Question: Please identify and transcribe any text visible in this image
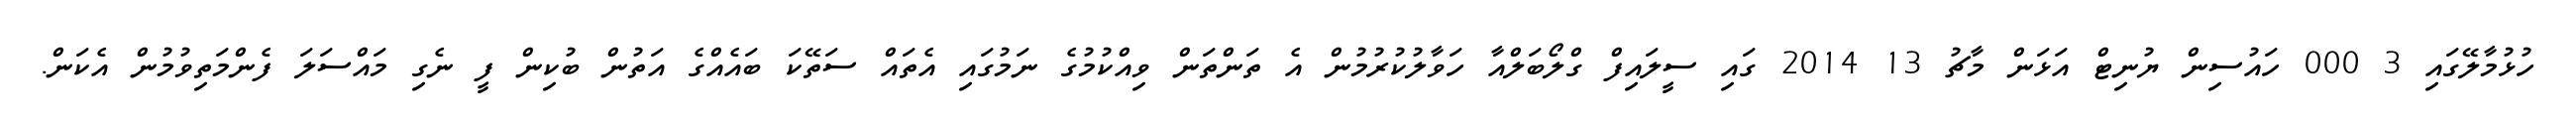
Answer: ހުޅުމާލޭގައި 3 000 ހައުސިން ޔުނިޓް އަޅަން މާޗު 13 2014 ގައި ސީލައިފް ގްލޯބަލްއާ ހަވާލުކުރުމުން އެ ތަންތަން ވިއްކުމުގެ ނަމުގައި އެތައް ސަތޭކަ ބައެއްގެ އަތުން ބުކިން ފީ ނެގި މައްސަލަ ފެންމަތިވުމުން އެކަން.